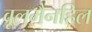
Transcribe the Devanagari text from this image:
वूलमैनहिल